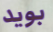
بويد